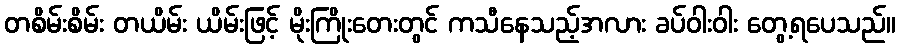
တစိမ်းစိမ်း တယိမ်း ယိမ်းဖြင့် မိုးကြိုးတေးတွင် ကသီနေသည့်အလား ခပ်ဝါးဝါး တွေ့ရပေသည်။